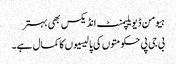
ہیومن ڈیویلپمنٹ انڈیکس بھی بہتر
بی جی پی حکومتوں کی پالیسیوں کا کمال ہے۔